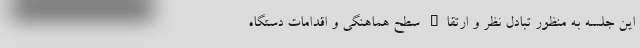
این جلسه به منظور تبادل نظر و ارتقاء سطح هماهنگی و اقدامات دستگاه